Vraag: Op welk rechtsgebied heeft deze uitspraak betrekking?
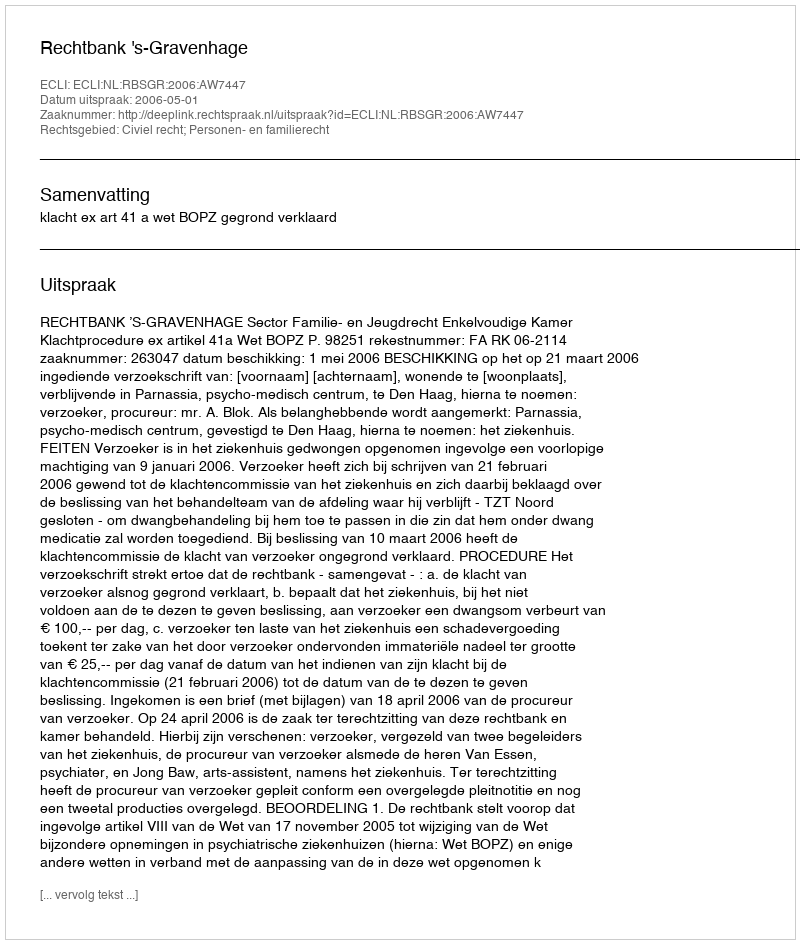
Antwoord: Civiel recht; Personen- en familierecht